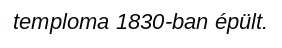
temploma 1830-ban épült.